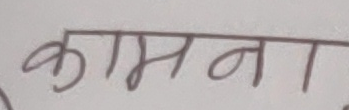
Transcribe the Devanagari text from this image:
कामना